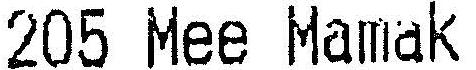
205 MEE MAMAK